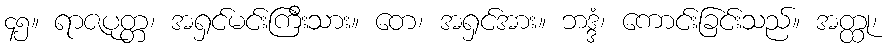
၄၅။ ရာဇပုတ္တ၊ အရှင်မင်းကြီးသား။ တေ၊ အရှင်အား။ ဘဒ္ဒံ၊ ကောင်းခြင်းသည်။ အတ္ထု၊